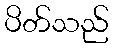
ပိတ်သည်